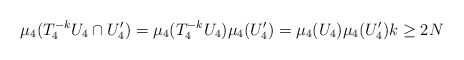
\begin{align*}\mu_4(T_4^{-k} U_4 \cap U_4') = \mu_4(T_4^{-k} U_4) \mu_4(U_4') = \mu_4(U_4) \mu_4(U_4') k \geq 2N\end{align*}